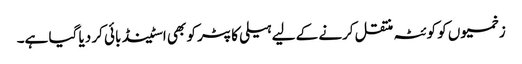
زخمیوں کو کوئٹہ منتقل کرنے کے لیے ہیلی کاپٹر کو بھی اسٹینڈ بائی کر دیا گیا ہے۔